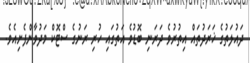
ދައުލަތުގެ ޚަރަދުތައް އިތުރުވެ ދަރަނި ބޮޑުވެ އަތުގައި ހުރި ރަނުގެ ސްޓޮކް މަދުވާންފެށިއެވެ.